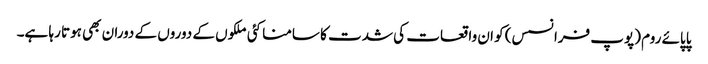
پاپائے روم (پوپ فرانسس) کو ان واقعات کی شدت کا سامنا کئی ملکوں کے دوروں کے دوران بھی ہوتا رہا ہے۔